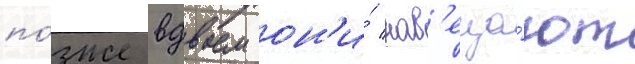
по́зже вдвоем он'и́ нав'еща́ют